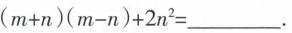
$$( m + n ) ( m - n ) + 2 n ^ { 2 }=___$$.